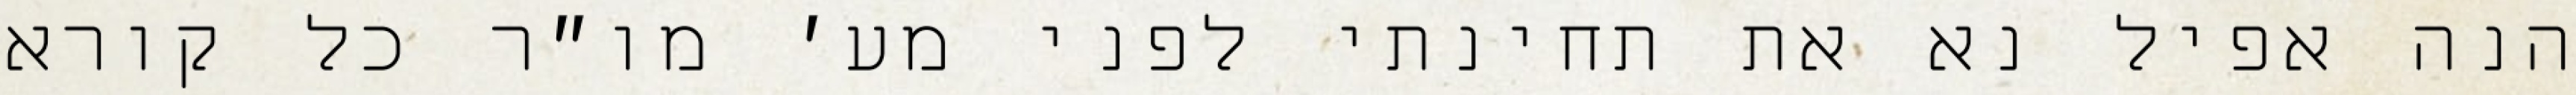
הנה אפיל נא את תחינתי לפני מע׳ מו״ר כל קורא